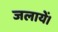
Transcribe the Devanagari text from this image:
जलायें।